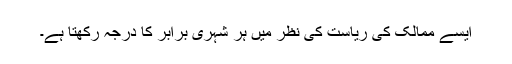
ایسے ممالک کی ریاست کی نظر میں ہر شہری برابر کا درجہ رکھتا ہے۔